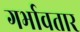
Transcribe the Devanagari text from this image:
गर्भावतार